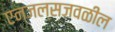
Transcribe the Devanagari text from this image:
एन्जल्सजवळील